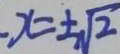
- x = \pm \sqrt { 2 }